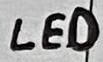
Text: LED